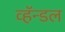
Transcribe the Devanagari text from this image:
व्हॅन्डल